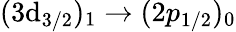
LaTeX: (3\mathrm{d}_{3/2})_{1}\rightarrow(2p_{1/2})_{0}